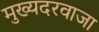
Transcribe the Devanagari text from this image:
मुख्यदरवाजा